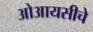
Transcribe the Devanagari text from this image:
ओआयसीचे